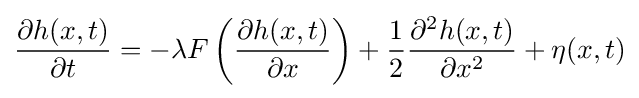
{\frac {\partial h(x,t)}{\partial t}}=-\lambda F\left({\frac {\partial h(x,t)}{\partial x}}\right)+{\frac {1}{2}}{\frac {\partial ^{2}h(x,t)}{\partial x^{2}}}+\eta (x,t)